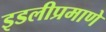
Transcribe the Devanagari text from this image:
इडलीप्रमाणे